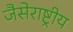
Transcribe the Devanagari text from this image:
जैसेराष्ट्रीय